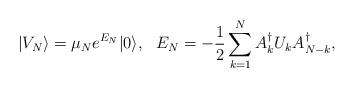
\begin{align*}|V_N\rangle=\mu_N e^{E_N}|0\rangle,\ \ E_N=-{1\over2}\sum_{k=1}^N A_k^\dagger U_k A_{N-k}^\dagger,\end{align*}